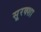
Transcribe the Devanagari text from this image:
सूरक्शा